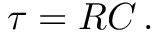
\tau = R C \, .